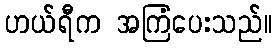
ဟယ်ရီက အကြံပေးသည်။